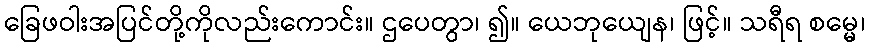
ခြေဖဝါးအပြင်တို့ကိုလည်းကောင်း။ ဌပေတွာ၊ ၍။ ယေဘုယျေန၊ ဖြင့်။ သရီရ စမ္မေ၊